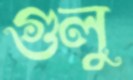
গুলু